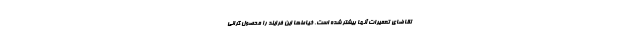
تقاضای تعمیرات آنها بیشتر شده است. خیاط‌ها این فرایند را محصول گرانی